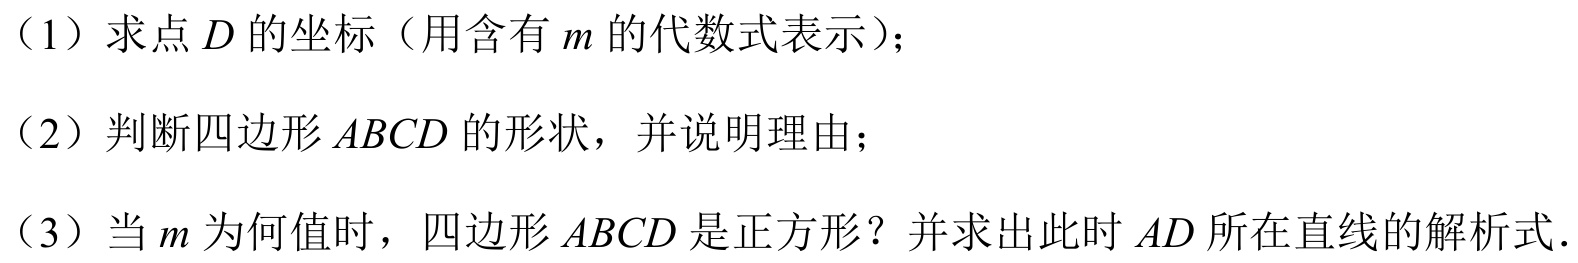
（1）求点\(D\)的坐标（用含有\(m\)的代数式表示）；
（2）判断四边形\(ABCD\)的形状，并说明理由；
（3）当\(m\)为何值时，四边形\(ABCD\)是正方形？并求出此时\(AD\)所在直线的解析式.